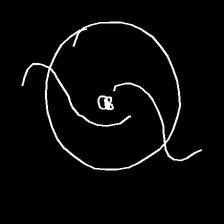
Glyph: repetition